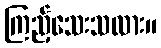
ကြည့်သေးသလား။